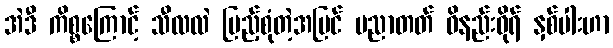
အဲဒီ ကိစ္စကြောင့် သီလလဲ ပြည့်စုံတဲ့အပြင် ပညာတတ် ဝိနည်းဓိုရ် နှစ်ပါးဟာ